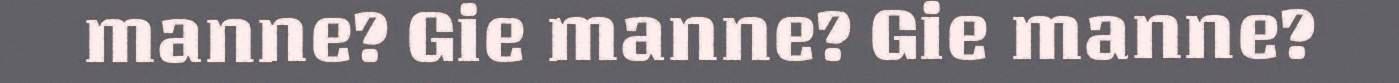
manne? Gie manne? Gie manne?